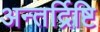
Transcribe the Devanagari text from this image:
अन्तर्द्रिष्टि